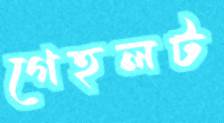
গেহলট